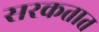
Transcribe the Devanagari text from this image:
सरकतात